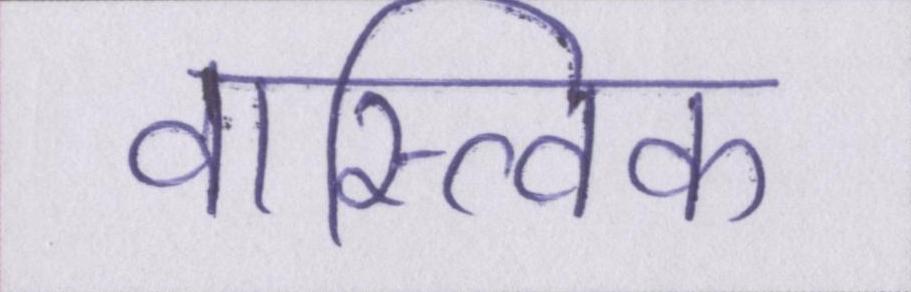
वास्त्विक